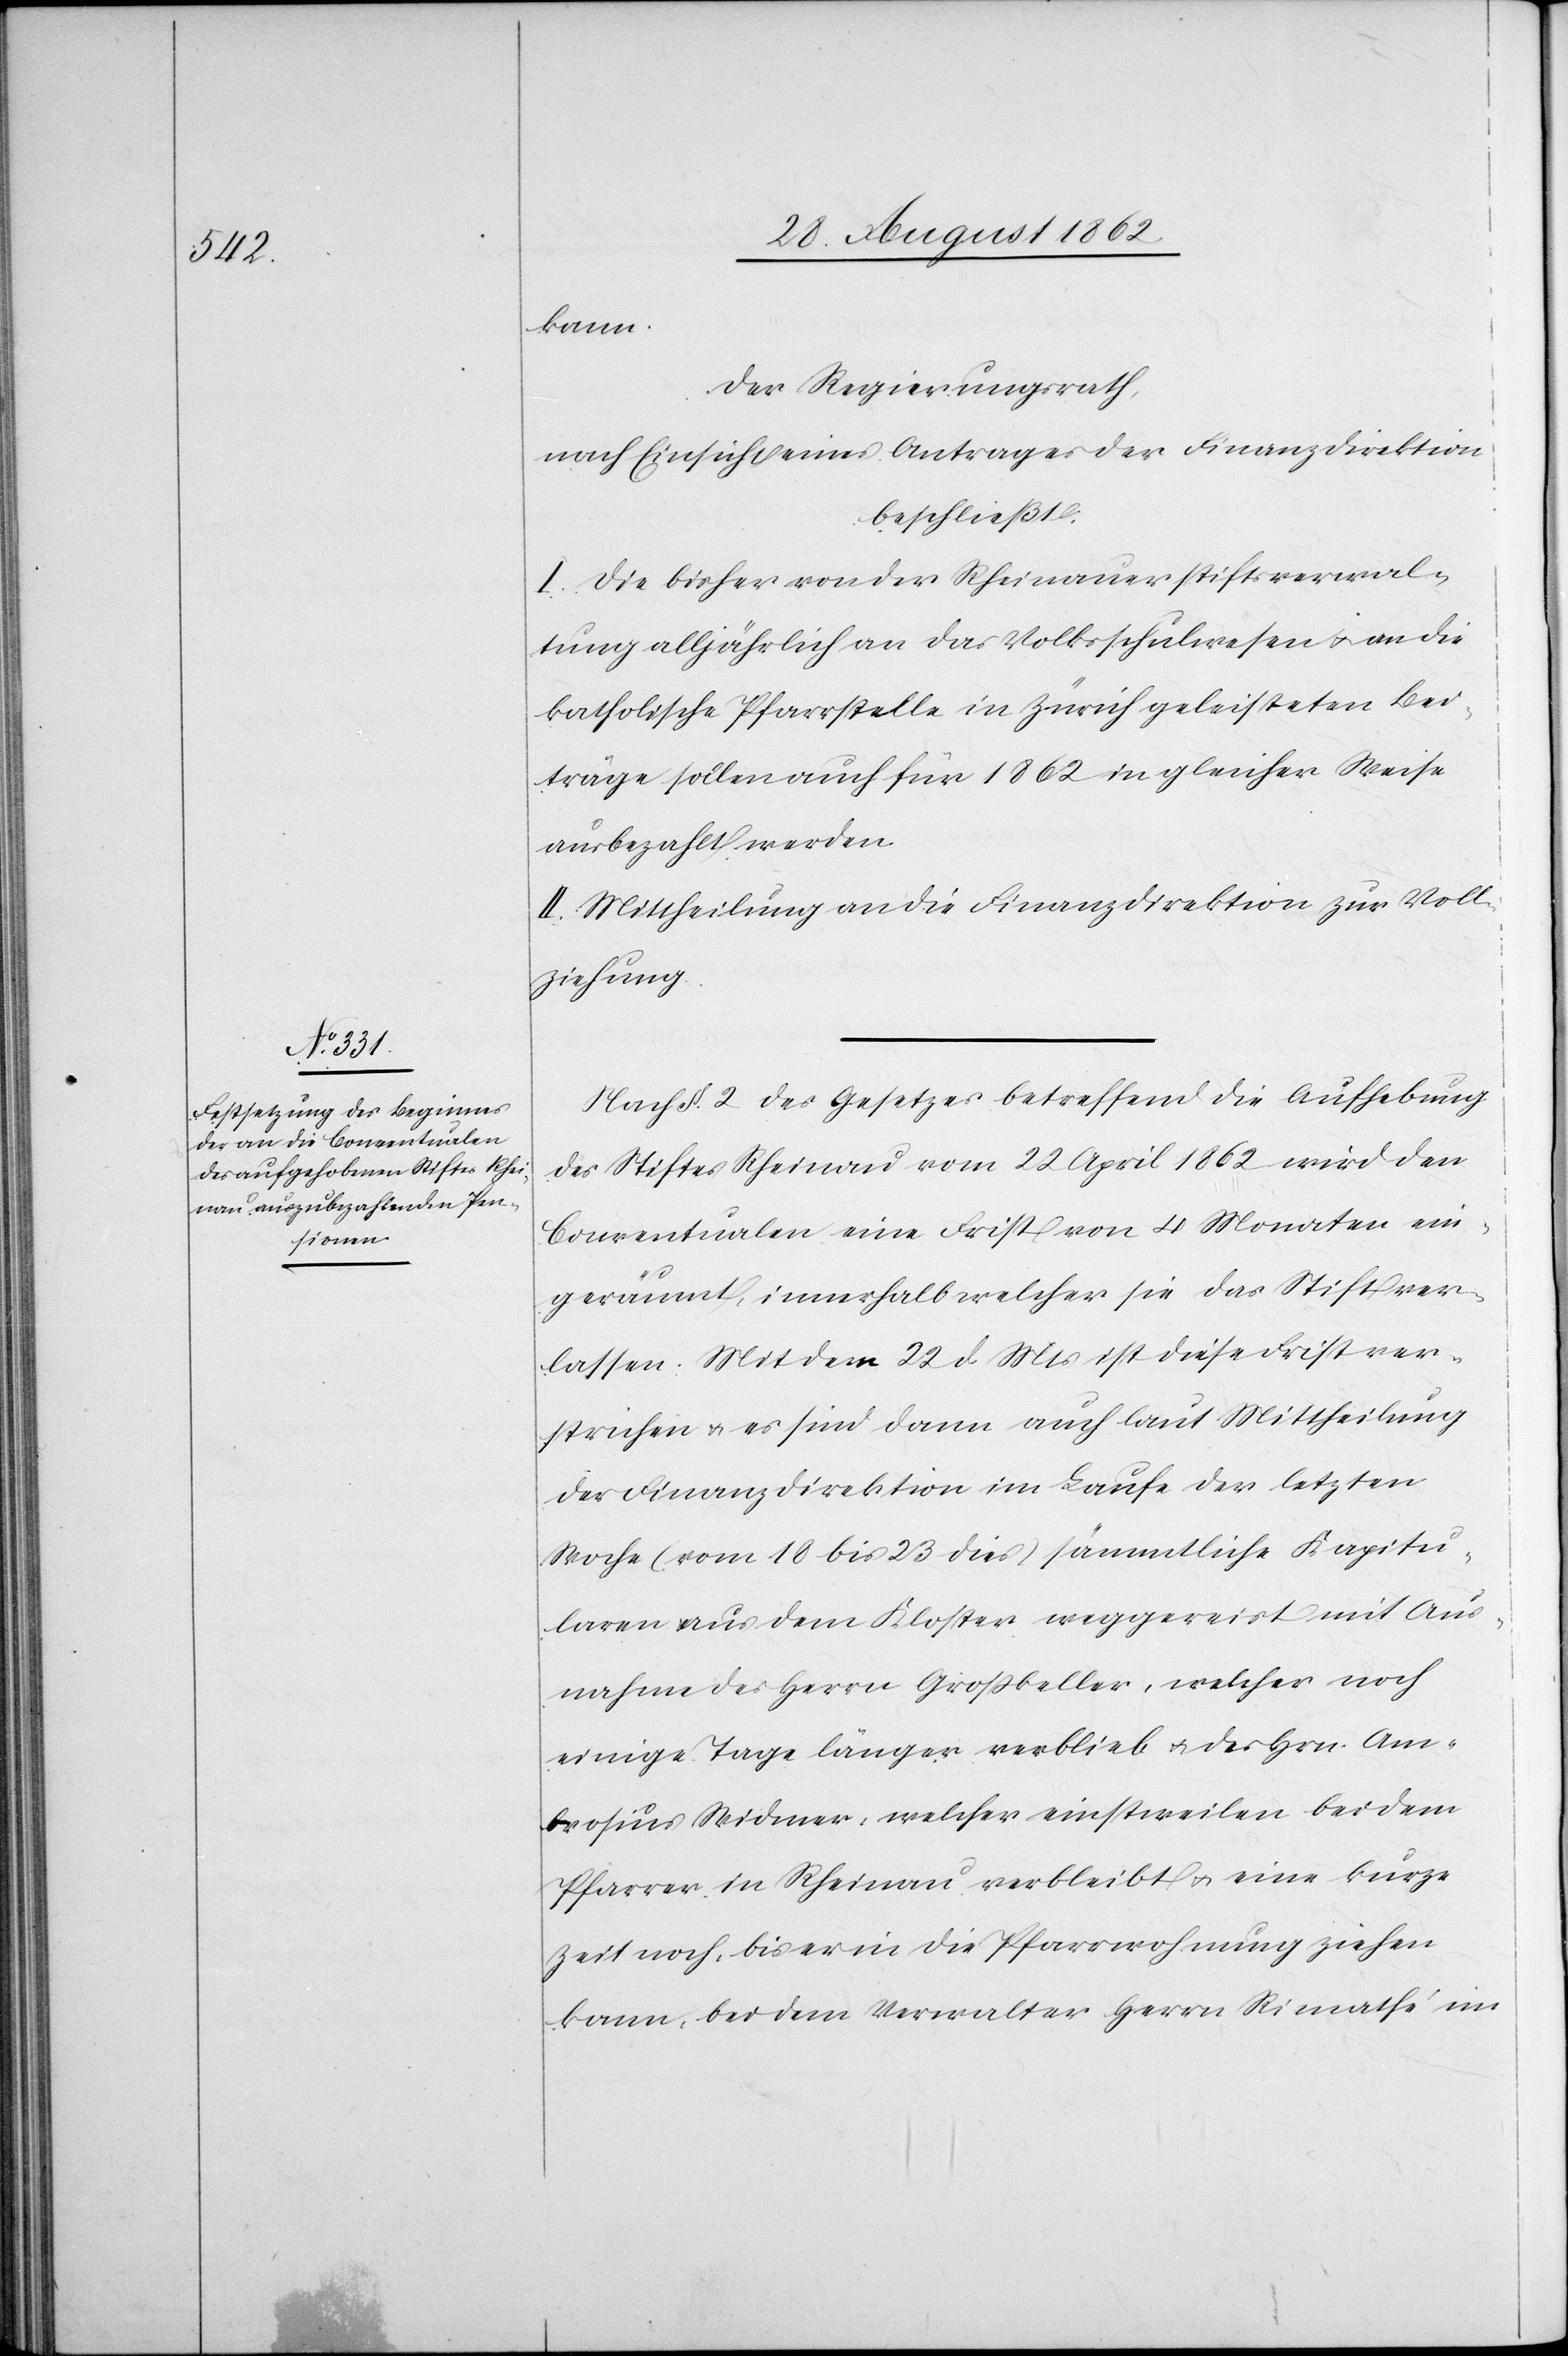
kann.
Der Regierungsrath,
nach Einsicht eines Antrages der Finanzdirektion
beschließt:
I. Die bisher von der Rheinauerstiftsverwal¬
tung alljährlich an das Volksschulwesen u. an die
katholische Pfarrstelle in Zürich geleisteten Bei¬
träge sollen auch für 1862 in gleicher Weise
ausbezahlt werden.
II. Mittheilung an die Finanzdirektion zur Voll¬
ziehung.
Nach §. 2 des Gesetzes betreffend die Aufhebung
des Stiftes Rheinau vom 22. April 1862 wird den
Conventualen eine Frist von 4 Monaten ein¬
geräumt, innerhalb welcher sie das Stift ver¬
lassen. Mit dem 22. d. Mts. ist diese Frist ver¬
strichen u. es sind dann auch laut Mittheilung
der Finanzdirektion im Laufe der letzten
Woche (vom 18. bis 23. dies) sämmtliche Kapitu¬
laren aus dem Kloster weggereist mit Aus¬
nahme des Herrn Großkeller, welcher noch
einige Tage länger verblieb u. des Hrn. Am¬
brosius Widmer, welcher einstweilen bei dem
Pfarrer in Rheinau verbleibt u. eine kurze
Zeit noch, bis er in die Pfarrwohnung ziehen
kann, bei dem Verwalter Herrn Rimathé im